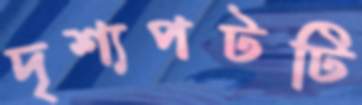
দৃশ্যপটটি